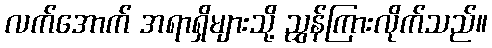
လက်အောက် အရာရှိများသို့ ညွှန်ကြားလိုက်သည်။